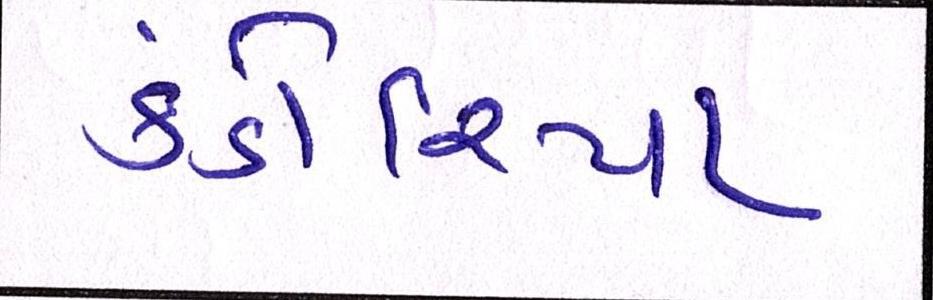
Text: કંડોરિયા